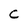
Character: C